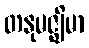
တနုမဇ္ဈိမာ